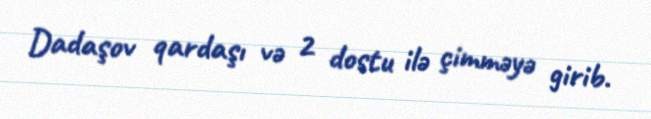
Dadaşov qardaşı və 2 dostu ilə çimməyə girib.